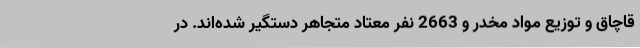
قاچاق و توزیع مواد مخدر و 2663 نفر معتاد متجاهر دستگیر شده‌اند. در